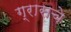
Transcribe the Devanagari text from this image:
ग्रासचे